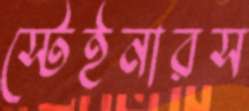
স্টেইনারস